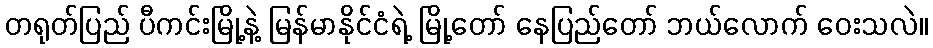
တရုတ်ပြည် ပီကင်းမြို့နဲ့ မြန်မာနိုင်ငံရဲ့ မြို့တော် နေပြည်တော် ဘယ်လောက် ဝေးသလဲ။